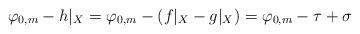
LaTeX: \begin{align*}\varphi_{0,m} - h|_X = \varphi_{0,m} - (f|_X - g|_X) = \varphi_{0,m} - \tau + \sigma \end{align*}